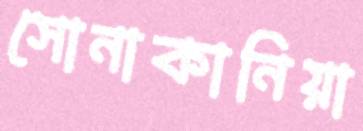
সোনাকানিয়া